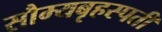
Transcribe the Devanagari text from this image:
सौम्यबृहस्पती